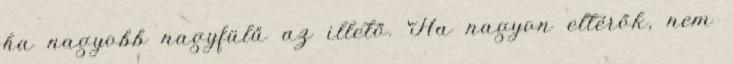
ha nagyobb nagyfülű az illető. Ha nagyon eltérők, nem